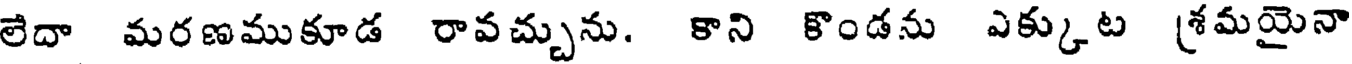
లేదా మరణముకూడ రావచ్చును. కాని కొండను ఎక్కుట [శమమైనా